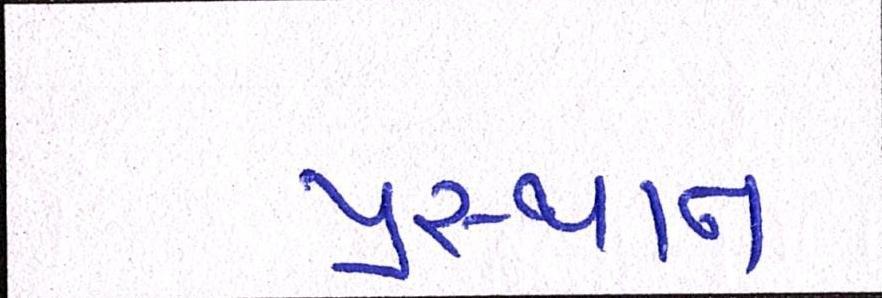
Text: પ્રસ્થાન